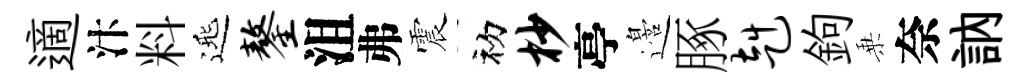
適汴料𨓱鏊沮弗震初杪亭邉䐁赳鉤乗奈訥